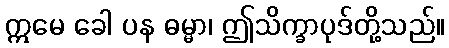
ဣမေ ခေါ ပန ဓမ္မာ၊ ဤသိက္ခာပုဒ်တို့သည်။